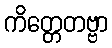
ကိတ္တေတဗ္ဗာ